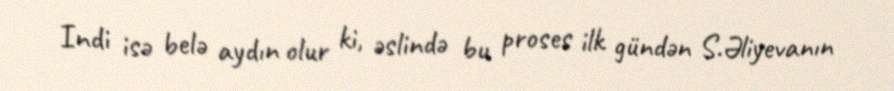
Indi isə belə aydın olur ki, əslində bu proses ilk gündən S.Əliyevanın